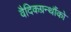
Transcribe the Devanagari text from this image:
वैदिकग्रन्थौंको